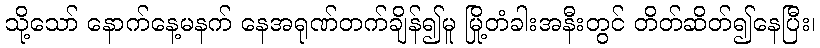
သို့သော် နောက်နေ့မနက် နေအရုဏ်တက်ချိန်၍မူ မြို့တံခါးအနီးတွင် တိတ်ဆိတ်၍နေပြီး၊